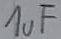
Text: 1uF